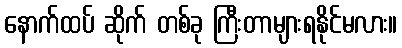
နောက်ထပ် ဆိုက် တစ်ခု ကြီးတာများရနိုင်မလား။